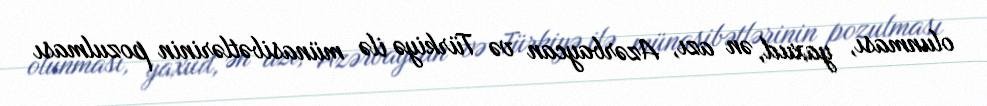
olunması, yaxud, ən azı, Azərbaycan və Türkiyə ilə münasibətlərinin pozulması